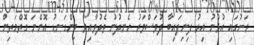
ރަށުގައި އުޅުނު އިރު ފިނިފައިބާ ދުވަސްވަރު ހެނދުނު ތެދުވާއިރު ބިންގަނޑު އޮންނަ ގޮތްމަތިން